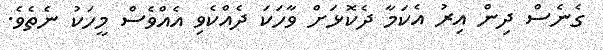
ގެނެސް ދިން އިރު އެކަމާ ދެކޮޅަށް ވާހަކަ ދެއްކެވި އެއްވެސް މީހަކު ނެތެވެ.